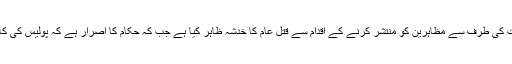
مرسی کی حامی جماعت اخوان المسلمین نے حکومت کی طرف سے مظاہرین کو منتشر کرنے کے اقدام سے قتل عام کا خدشہ ظاہر کیا ہے جب کہ حکام کا اصرار ہے کہ پولیس کی کارروائی قانون کے دائرے میں رہ کر کی جائے گی۔